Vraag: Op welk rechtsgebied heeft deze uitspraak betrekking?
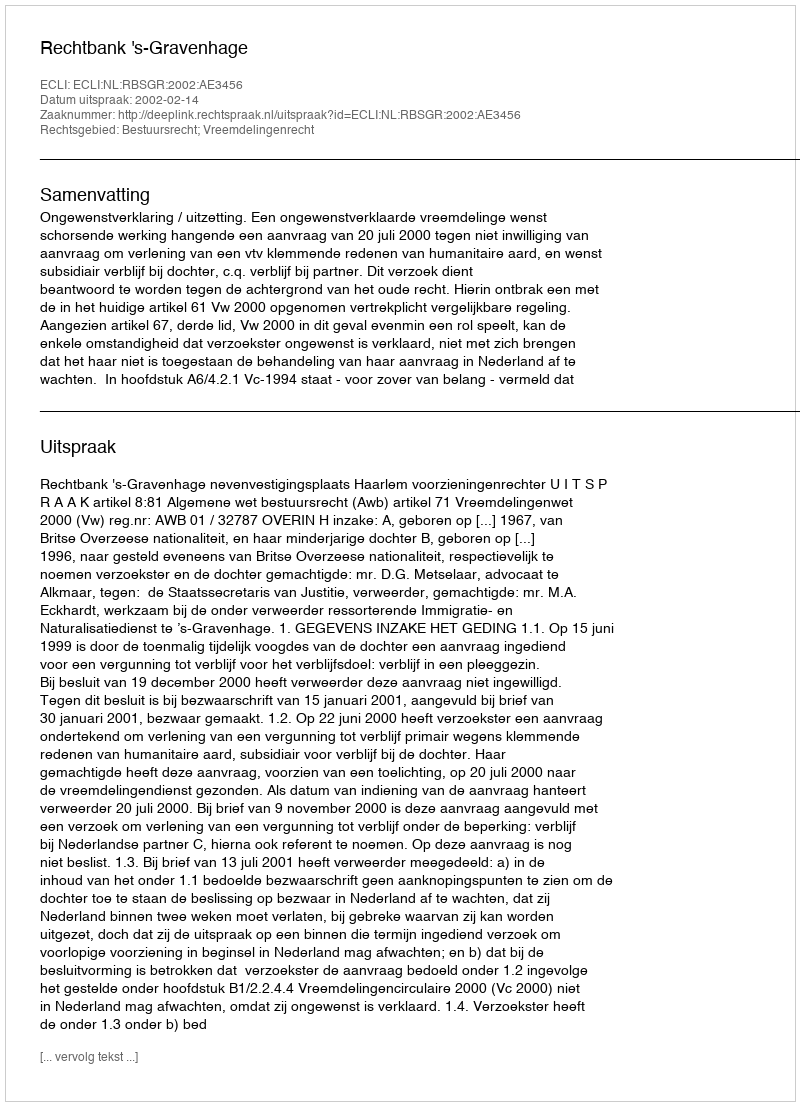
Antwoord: Bestuursrecht; Vreemdelingenrecht